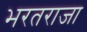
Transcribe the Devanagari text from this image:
भरतराजा